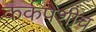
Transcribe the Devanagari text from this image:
कर्कपेशीच